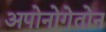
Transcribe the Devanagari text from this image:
अपोनोगेतोन